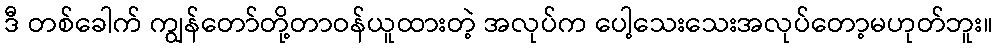
ဒီ တစ်ခေါက် ကျွန်တော်တို့တာဝန်ယူထားတဲ့ အလုပ်က ပေါ့သေးသေးအလုပ်တော့မဟုတ်ဘူး။